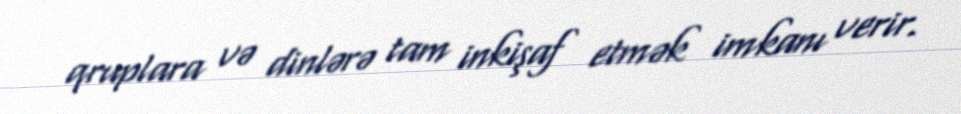
qruplara və dinlərə tam inkişaf etmək imkanı verir.